Sanitation, dispensaries and jails vaccination Rajputana 1922-1927 - 1922-1927
Year: 1922
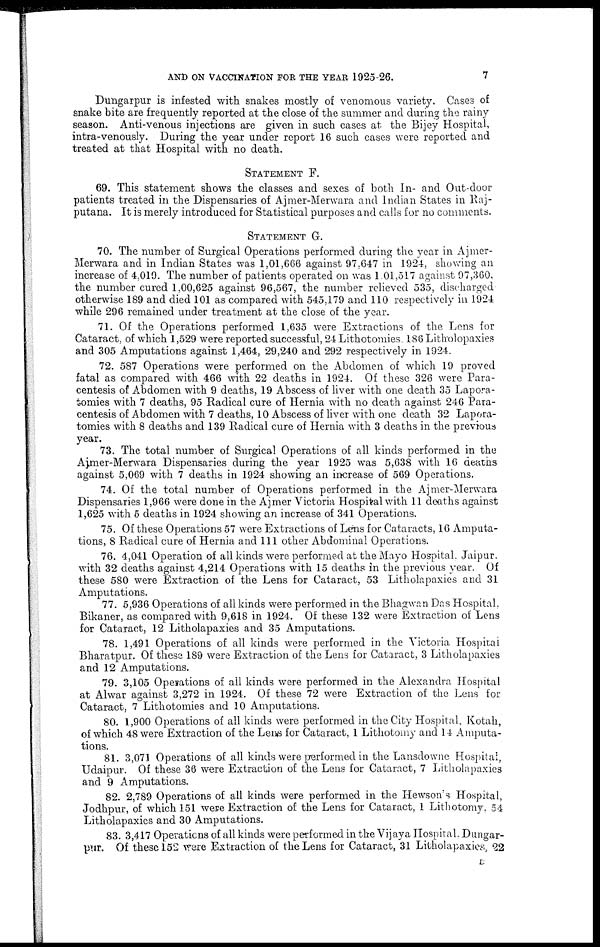
AND ON VACCINATION FOR THE YEAR 1925-26.
7
Dungarpur is infested with snakes mostly of venomous variety. Cases of
snake bite are frequently reported at the close of the summer and during the rainy
season. Anti-venous injections are given in such cases at the Bijey Hospital,
intra-venously. During the year under report 16 such cases were reported and
treated at that Hospital with no death.
STATEMENT F.
69. This statement shows the classes and sexes of both In- and Out-door
patients treated in the Dispensaries of Ajmer-Merwara and Indian States in Raj-
putana. It is merely introduced for Statistical purposes and calls for no comments.
STATEMENT G.
70. The number of Surgical Operations performed during the year in Ajmer¬
Merwara and in Indian States was 1,01,666 against 97,647 in 1924, showing an
increase of 4,019. The number of patients operated on was 1.01,517 against 97,360,
the number cured 1,00,625 against 96,567, the number relieved 535, discharged
otherwise 189 and died 101 as compared with 545,179 and 110 respectively in 1924
while 296 remained under treatment at the close of the year.
71. Of the Operations performed 1,635 were Extractions of the Lens for
Cataract, of which 1,529 were reported successful, 24 Lithotomies. 186 Litholopaxies
and 305 Amputations against 1,464, 29,240 and 292 respectively in 1924.
72. 587 Operations were performed on the Abdomen of which 19 proved
fatal as compared with 466 with 22 deaths in 1924. Of these 326 were Para-
centesis of Abdomen with 9 deaths, 19 Abscess of liver with one death 35 Lapora-
tomies with 7 deaths, 95 Radical cure of Hernia with no death against 246 Para-
centesis of Abdomen with 7 deaths, 10 Abscess of liver with one death 32 Lapora-
tomies with 8 deaths and 139 Radical cure of Hernia with 3 deaths in the previous
year.
73. The total number of Surgical Operations of all kinds performed in the
Ajmer-Merwara Dispensaries during the year 1925 was 5,638 with 16 deaths
against 5,069 with 7 deaths in 1924 showing an increase of 569 Operations.
74. Of the total number of Operations performed in the Ajmer-Merwara
Dispensaries 1,966 were done in the Ajmer Victoria Hospital with 11 deaths against
1,625 with 5 deaths in 1924 showing an increase of 341 Operations.
75. Of these Operations 57 were Extractions of Lens for Cataracts, 16 Amputa-
tions, 8 Radical cure of Hernia and 111 other Abdominal Operations.
76. 4,041 Operation of all kinds were performed at the Mayo Hospital. Jaipur,
with 32 deaths against 4,214 Operations with 15 deaths in the previous year. Of
these 580 were Extraction of the Lens for Cataract, 53 Litholapaxies and 31
Amputations.
77. 5,936 Operations of all kinds were performed in the Bhagwan Das Hospital,
Bikaner, as compared with 9,618 in 1924. Of these 132 were Extraction of Lens
for Cataract, 12 Litholapaxies and 35 Amputations.
78. 1,491 Operations of all kinds were performed in the Victoria Hospital
Bharatpur. Of these 189 were Extraction of the Lens for Cataract, 3 Litholapaxies
and 12 Amputations.
79. 3,105 Operations of all kinds were performed in the Alexandra Hospital
at Alwar against 3,272 in 1924. Of these 72 were Extraction of the Lens for
Cataract, 7 Lithotomies and 10 Amputations.
80. 1,900 Operations of all kinds were performed in the City Hospital. Kotah,
of which 48 were Extraction of the Lens for Cataract, 1 Lithotomy and 14 Amputa-
tions.
81. 3,071 Operations of all kinds were performed in the Lansdowne Hospital,
Udaipur. Of these 36 were Extraction of the Lens for Cataract, 7 Litholapaxies
and 9 Amputations.
82. 2,789 Operations of all kinds were performed in the Hewson's Hospital,
Jodhpur, of which 151 were Extraction of the Lens for Cataract, 1 Lithotomy. 54
Litholapaxies and 30 Amputations.
83. 3,417 Operations of all kinds were performed in the Vijaya Hospital. Dungar-
pur. Of these 152 were Extraction of the Lens for Cataract, 31 Litholapaxies, 22
E